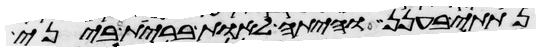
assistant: נתתי בענן והיתה לאות ברית ביני